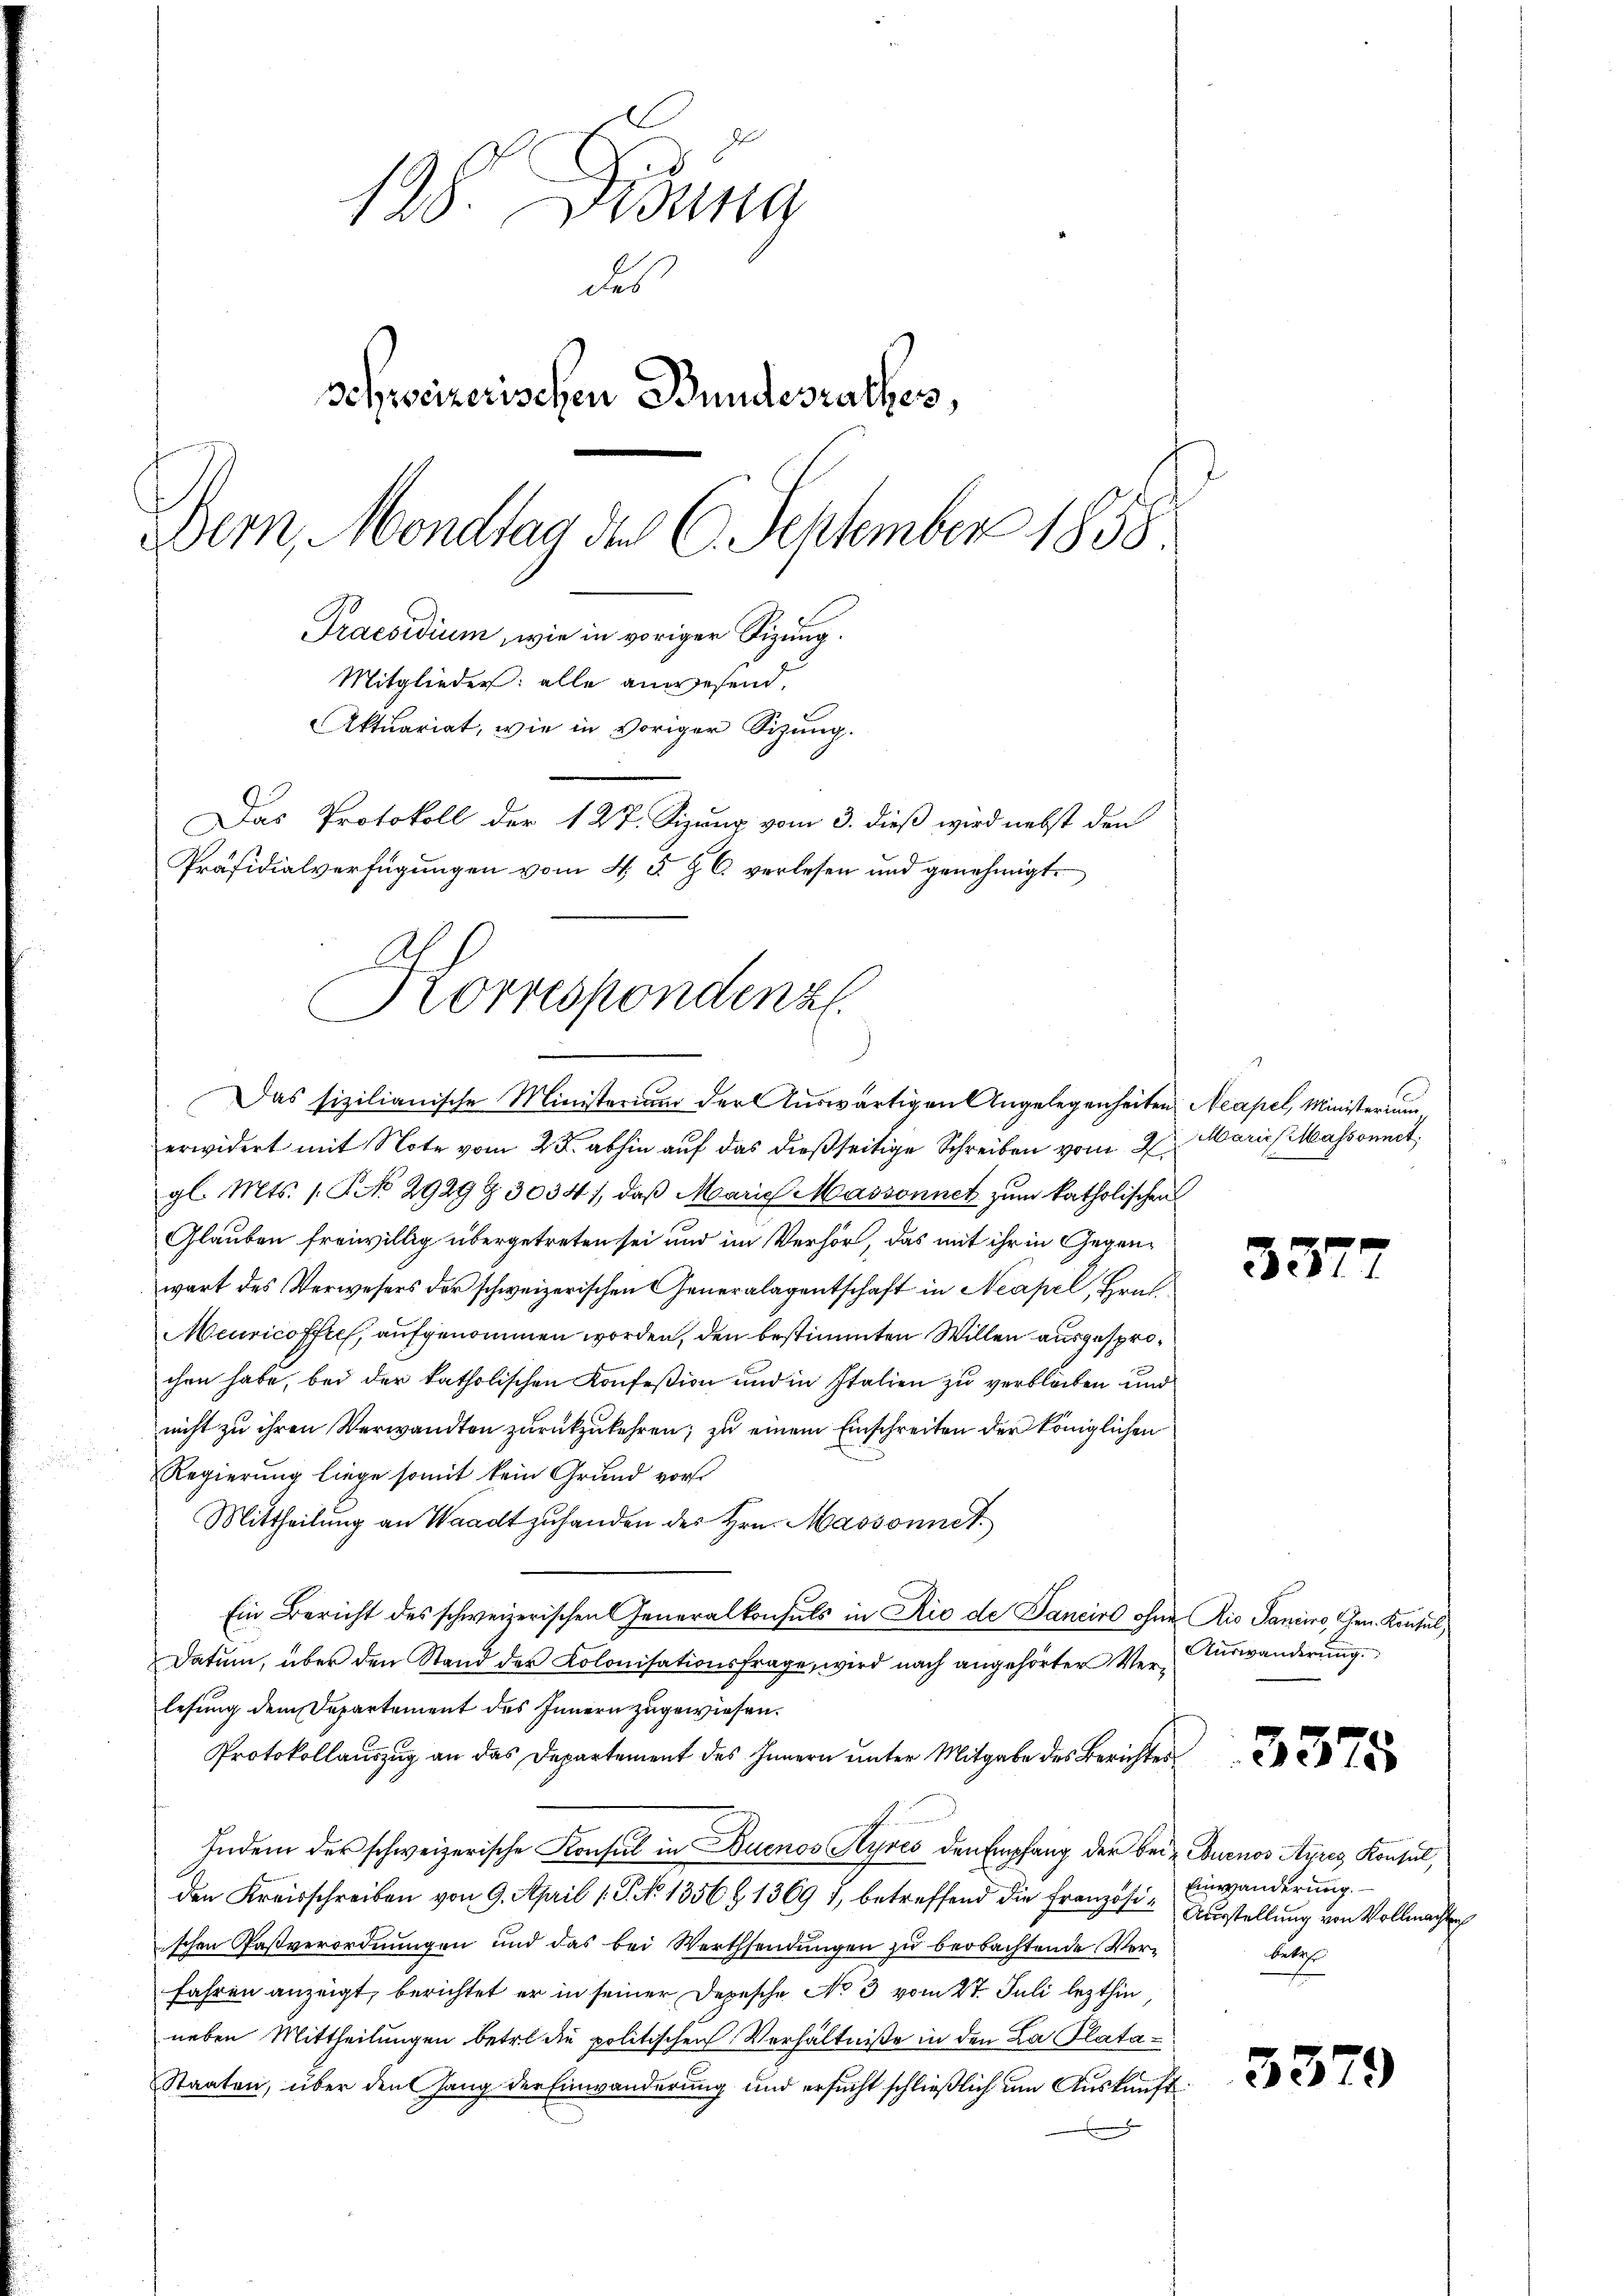
b
d
128. Desung
des
Schweizerischen Bundesrathes,
Der, Mondtag den 6. September 1858
Praesidium, wie in voriger Sizung.
Mitglieder: alle anwesend.
Aktuariat, wie in voriger Sitzung.

Korrespondenz
Das sizilianische Ministerium der Auswärtigen Angelegenheiten Neapel, Ministerium

Das Protokoll der 127. Sizung vom 3. dieß wird nebst den
Präsidialverfügungen vom 4. d. J. C. verlesen und genehmigt.

erwidert mit Note vom 25. abhin auf das dießseitige Schreiben vom 2ten Marie Massonnet,
gl. Mts. 1. P. No 2929 § 3034), daß Marie Massonnet zum katholischen
Glauben freiwillig übergetreten sei und im Verhör, das mit ihr in Gegenwart des Verwesers der schweizerischen Generalagentschaft in Neapel, Graf
Meuricoffres, aufgenommen worden, den bestimmten Willen ausgesprochen habe, bei der katholischen Konfeßion und in Italien zu verbleiben und
nicht zu ihren Verwandten zurückzukehren; zu einem Einschreiten der Königlichen
Regierung liege somit kein Grund vor
Mittheilung an Waadt zuhanden des Hrn. Massonnet
Ein Bericht des schweizerischen Generalkonsuls in Rio de Pancirt ohne Rio Sancino, Gen. Konsul
Datŭm, über den Stand der Kolonisationsfrage, wird nach angehörter Ver-Aŭswanderŭng.
lesung dem Departement des Innern zugewiesen.
Protokollauszug an das Departement des Innern unter Mitgabe des Berichtes
Indem der schweizerische Konsul in Buenos Ayres den Empfang der bei Buenos Ayres Konsul,
Den Kreisschreiben von 9. April 1. P. No 1356 § 1369 1, betreffend die Französi-Einwanderung.
ischen Pastverordnungen und das bei Werthsendungen zu beobachtende Verfahren anzeigt, berichtet er in seiner Depesche No 3 vom 27. Juli lezthin
neben Mittheilungen betre die politischen Verhältniße in den La Plata
Staaten, über den Gang der Einwanderung und ersucht schließlich um Auskunft

337

3375

Ausstellung von Vollmachten
betref

3379